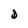
Character: D